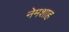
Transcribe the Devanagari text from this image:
नेमशाह